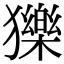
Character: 𤢴